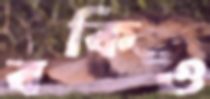
বকিও